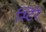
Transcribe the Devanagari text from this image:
स्टिरे